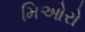
મિઓરો